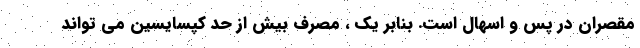
مقصران در پس و اسهال است. بنابر یک ، مصرف بیش از حد کپسایسین می تواند